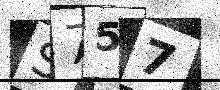
Text: S757